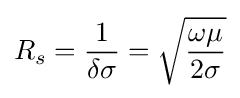
R_{s}={\frac {1}{\delta \sigma }}={\sqrt {\frac {\omega \mu }{2\sigma }}}